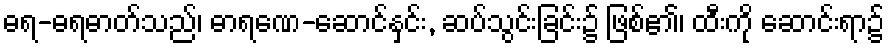
ဓရ-ဓရဓာတ်သည်၊ ဓာရဏေ-ဆောင်နှင်း, ဆပ်သွင်းခြင်း၌ ဖြစ်၏၊ ထီးကို ဆောင်းရာ၌